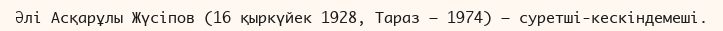
Әлі Асқарұлы Жүсіпов (16 қыркүйек 1928, Тараз – 1974) – суретші-кескіндемеші.